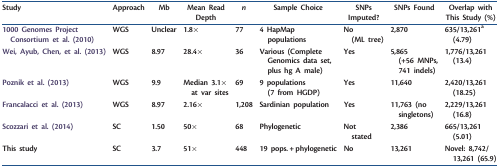
| Study | Approach | Mb | Mean Read Depth | n | Sample Choice | SNPs Imputed? | SNPs Found | Overlap with This Study (%) |
 | --- | --- | --- | --- | --- | --- | --- | --- | --- |
 | 1000 Genomes Project Consortium et al. (2010) | WGS | Unclear | 1.8× | 77 | 4 HapMap populations | No (ML tree) | 2,870 | 635/13,261a (4.79) |
 | Wei, Ayub, Chen, et al. (2013) | WGS | 8.97 | 28.4× | 36 | Various (Complete Genomics data set, plus hg A male) | Yes | 5,865 (+56 MNPs, 741 indels) | 1,776/13,261 (13.4) |
 | Poznik et al. (2013) | WGS | 9.9 | Median 3.1× at var sites | 69 | 9 populations (7 from HGDP) | Yes | 11,640 | 2,420/13,261 (18.25) |
 | Francalacci et al. (2013) | WGS | 8.97 | 2.16× | 1,208 | Sardinian population | Yes | 11,763 (no singletons) | 2,229/13,261 (16.8) |
 | Scozzari et al. (2014) | SC | 1.50 | 50× | 68 | Phylogenetic | Not stated | 2,386 | 665/13,261 (5.01) |
 | This study | SC | 3.7 | 51× | 448 | 19 pops. + phylogenetic | No | 13,261 | Novel: 8,742/ 13,261 (65.9) |